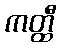
ကတ္ထီ